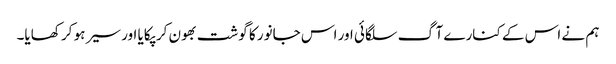
ہم نے اس کے کنارے آگ سلگائی اور اس جانور کا گوشت بھون کر پکایا اور سیر ہو کر کھایا۔